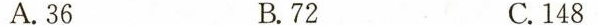
A.36 B.72 C.148